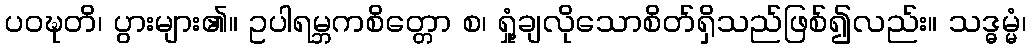
ပဝဍ္ဎတိ၊ ပွားများ၏။ ဥပါရမ္ဘကစိတ္တော စ၊ ရှုံ့ချလိုသောစိတ်ရှိသည်ဖြစ်၍လည်း။ သဒ္ဓမ္မံ၊